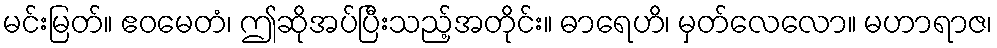
မင်းမြတ်။ ဧဝမေတံ၊ ဤဆိုအပ်ပြီးသည့်အတိုင်း။ ဓာရေဟိ၊ မှတ်လေလော။ မဟာရာဇ၊